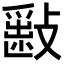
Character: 𣀎